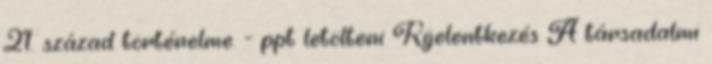
21. század történelme. - ppt letölteni Kijelentkezés A társadalmi